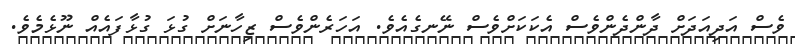
ވެސް އަދިއަދަށް ދާންދެންވެސް އެކަކަށްވެސް ނޭނގެއެވެ. އަހަރެންވެސް ޒިހާނަށް ގުޅަ ގުޅާފައެއް ނޫޅެމެވެ.